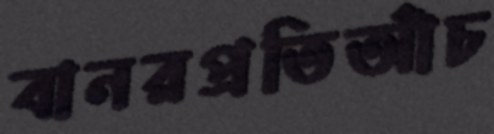
বানরপ্রতিআঁচ